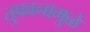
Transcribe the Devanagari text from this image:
तुफानामुळे